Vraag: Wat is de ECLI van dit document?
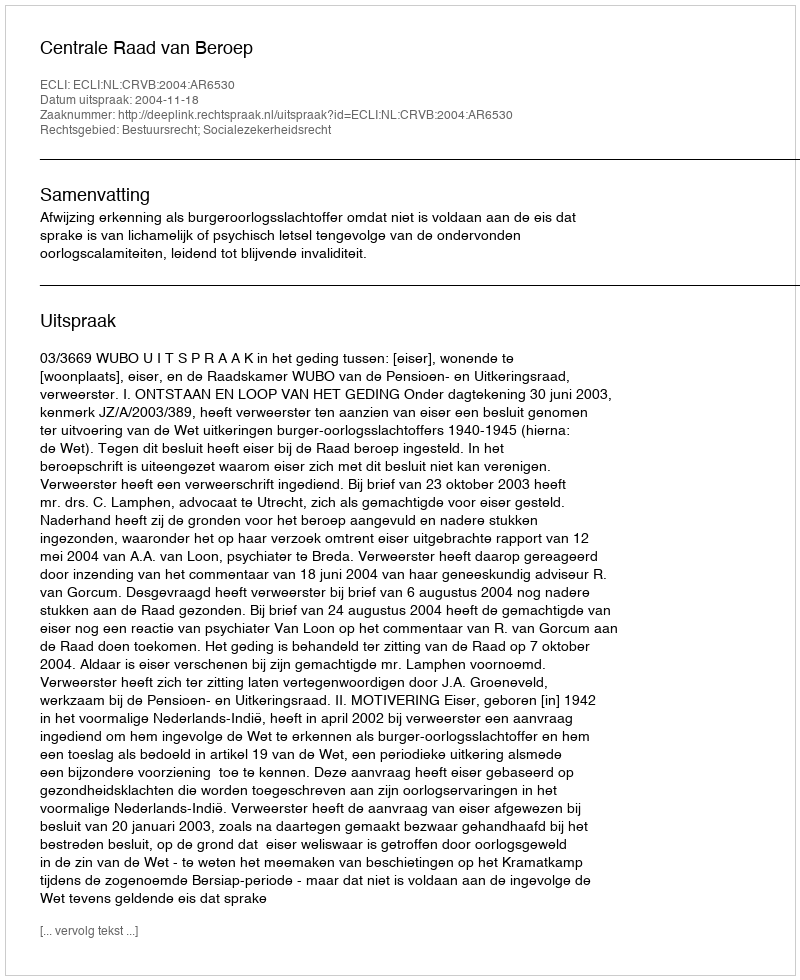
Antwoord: ECLI:NL:CRVB:2004:AR6530